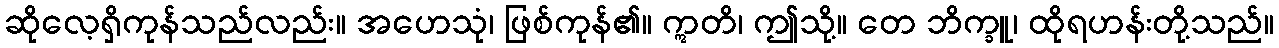
ဆိုလေ့ရှိကုန်သည်လည်း။ အဟေသုံ၊ ဖြစ်ကုန်၏။ ဣတိ၊ ဤသို့။ တေ ဘိက္ခူ၊ ထိုရဟန်းတို့သည်။